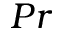
P r